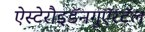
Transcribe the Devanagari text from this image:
ऐस्टेरौइडॅनगुऍरटॅल